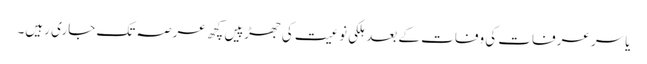
یاسر عرفات کی وفات کے بعد ہلکی نوعیت کی جھڑپیں کچھ عرصہ تک جاری رہیں۔